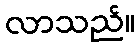
လာသည်။